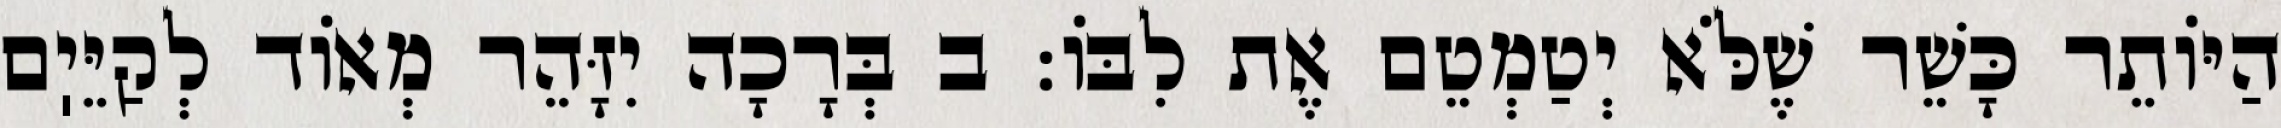
הַיּוֹתֵר כָּשֵׁר שֶׁלֹּא יְטַמְטֵם אֶת לִבּוֹ: ב בְּרָכָה יִזָּהֵר מְאוֹד לְקַיֵּיֽם